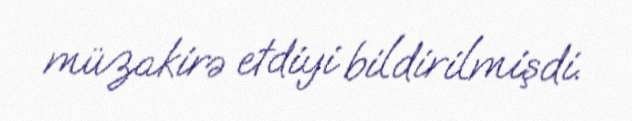
müzakirə etdiyi bildirilmişdi.